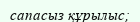
сапасыз құрылыс;